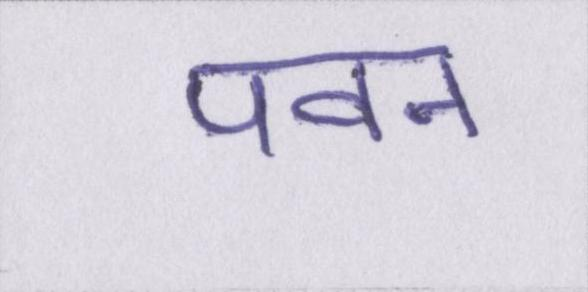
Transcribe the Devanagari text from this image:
पवन